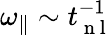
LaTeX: {\omega_{\parallel}}\sim t_{\mathrm{~n~l~}}^{-1}